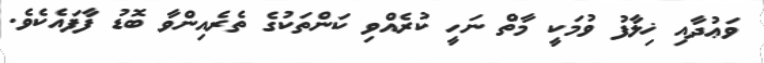
ވަޢުދާއި ޚިލާފު ވުމަކީ މާތް ނަހީ ކުރެއްވި ކަންތަކުގެ ތެރެއިންވާ ބޮޑު ފާފައެކެވެ.